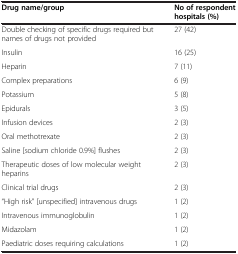
<table><thead><tr><td><b>Drug name/group</b></td><td><b>No of respondent hospitals (%)</b></td></tr></thead><tbody><tr><td>Double checking of specific drugs required but names of drugs not provided</td><td>27 (42)</td></tr><tr><td>Insulin</td><td>16 (25)</td></tr><tr><td>Heparin</td><td>7 (11)</td></tr><tr><td>Complex preparations</td><td>6 (9)</td></tr><tr><td>Potassium</td><td>5 (8)</td></tr><tr><td>Epidurals</td><td>3 (5)</td></tr><tr><td>Infusion devices</td><td>2 (3)</td></tr><tr><td>Oral methotrexate</td><td>2 (3)</td></tr><tr><td>Saline [sodium chloride 0.9%] flushes</td><td>2 (3)</td></tr><tr><td>Therapeutic doses of low molecular weight heparins</td><td>2 (3)</td></tr><tr><td>Clinical trial drugs</td><td>2 (3)</td></tr><tr><td>“High risk” [unspecified] intravenous drugs</td><td>1 (2)</td></tr><tr><td>Intravenous immunoglobulin</td><td>1 (2)</td></tr><tr><td>Midazolam</td><td>1 (2)</td></tr><tr><td>Paediatric doses requiring calculations</td><td>1 (2)</td></tr></tbody></table>